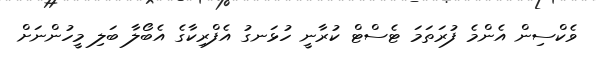
ވެކްސިން އެންމެ ފުރަތަމަ ޓެސްޓް ކުރާނީ ހުޅަނގު އެފްރިކާގެ އެބޯލާ ބަލި މީހުންނަށް